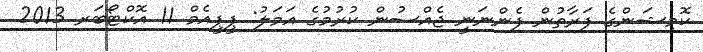
ކޮމިޝަންގެ ފަރާތުން ފެންނަނީ ޖެއްސުން ކުރުމުގެ އަމަލު: ޕީޕީއެމް 11 އޮކްޓޯބަރ 2013